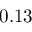
0 . 1 3